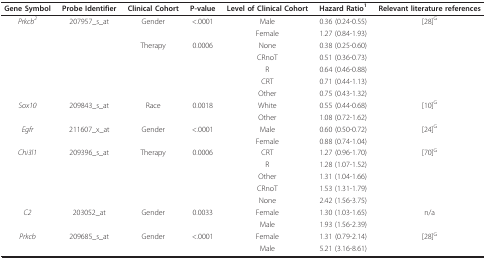
| Gene Symbol | Probe Identifier | Clinical Cohort | P-value | Level of Clinical Cohort | Hazard Ratio1 | Relevant literature references |
 | --- | --- | --- | --- | --- | --- | --- |
 | Prkcb2 | 207957_s_at | Gender | <.0001 | Male | 0.36 (0.24-0.55) | [28]G |
 |  |  |  |  | Female | 1.27 (0.84-1.93) |  |
 |  |  | Therapy | 0.0006 | None | 0.38 (0.25-0.60) |  |
 |  |  |  |  | CRnoT | 0.51 (0.36-0.73) |  |
 |  |  |  |  | R | 0.64 (0.46-0.88) |  |
 |  |  |  |  | CRT | 0.71 (0.44-1.13) |  |
 |  |  |  |  | Other | 0.75 (0.43-1.32) |  |
 | Sox10 | 209843_s_at | Race | 0.0018 | White | 0.55 (0.44-0.68) | [10]G |
 |  |  |  |  | Other | 1.08 (0.72-1.62) |  |
 | Egfr | 211607_x_at | Gender | <.0001 | Male | 0.60 (0.50-0.72) | [24]G |
 |  |  |  |  | Female | 0.88 (0.74-1.04) |  |
 | Chi3l1 | 209396_s_at | Therapy | 0.0006 | CRT | 1.27 (0.96-1.70) | [70]G |
 |  |  |  |  | R | 1.28 (1.07-1.52) |  |
 |  |  |  |  | Other | 1.31 (1.04-1.66) |  |
 |  |  |  |  | CRnoT | 1.53 (1.31-1.79) |  |
 |  |  |  |  | None | 2.42 (1.56-3.75) |  |
 | C2 | 203052_at | Gender | 0.0033 | Female | 1.30 (1.03-1.65) | n/a |
 |  |  |  |  | Male | 1.93 (1.56-2.39) |  |
 | Prkcb | 209685_s_at | Gender | <.0001 | Female | 1.31 (0.79-2.14) | [28]G |
 |  |  |  |  | Male | 5.21 (3.16-8.61) |  |